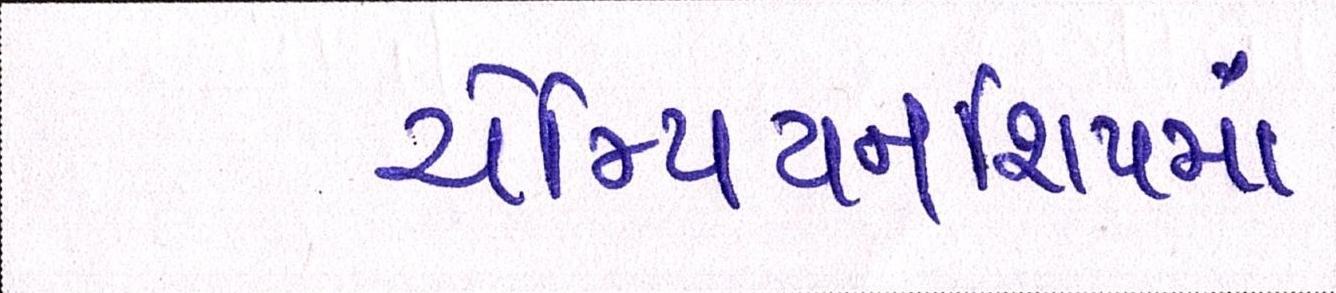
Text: ચેમ્પિયનશિપમાં